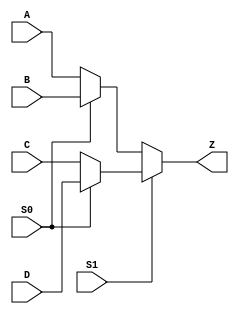
module notech_mux4 (S0,S1,A,B,C,D,Z);
input S0,S1,A,B,C,D;
output Z;
wire int1,int2;
assign int1 = S0 ? B:A;
assign int2 = S0 ? D:C;
assign Z=S1 ? int2 : int1;
endmodule